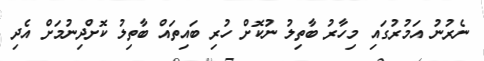
ނެރުނު އަމުރުގައި މިހާރު ބާތިލު ނުކޮށް ހުރި ބައިތައް ބާތިލު ކޮށްދިނުމަށް އެދި